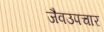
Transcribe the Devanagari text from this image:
जैवउपचार